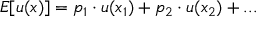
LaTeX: E [ u ( x ) ] = p _ { 1 } \cdot u ( x _ { 1 } ) + p _ { 2 } \cdot u ( x _ { 2 } ) + . . .